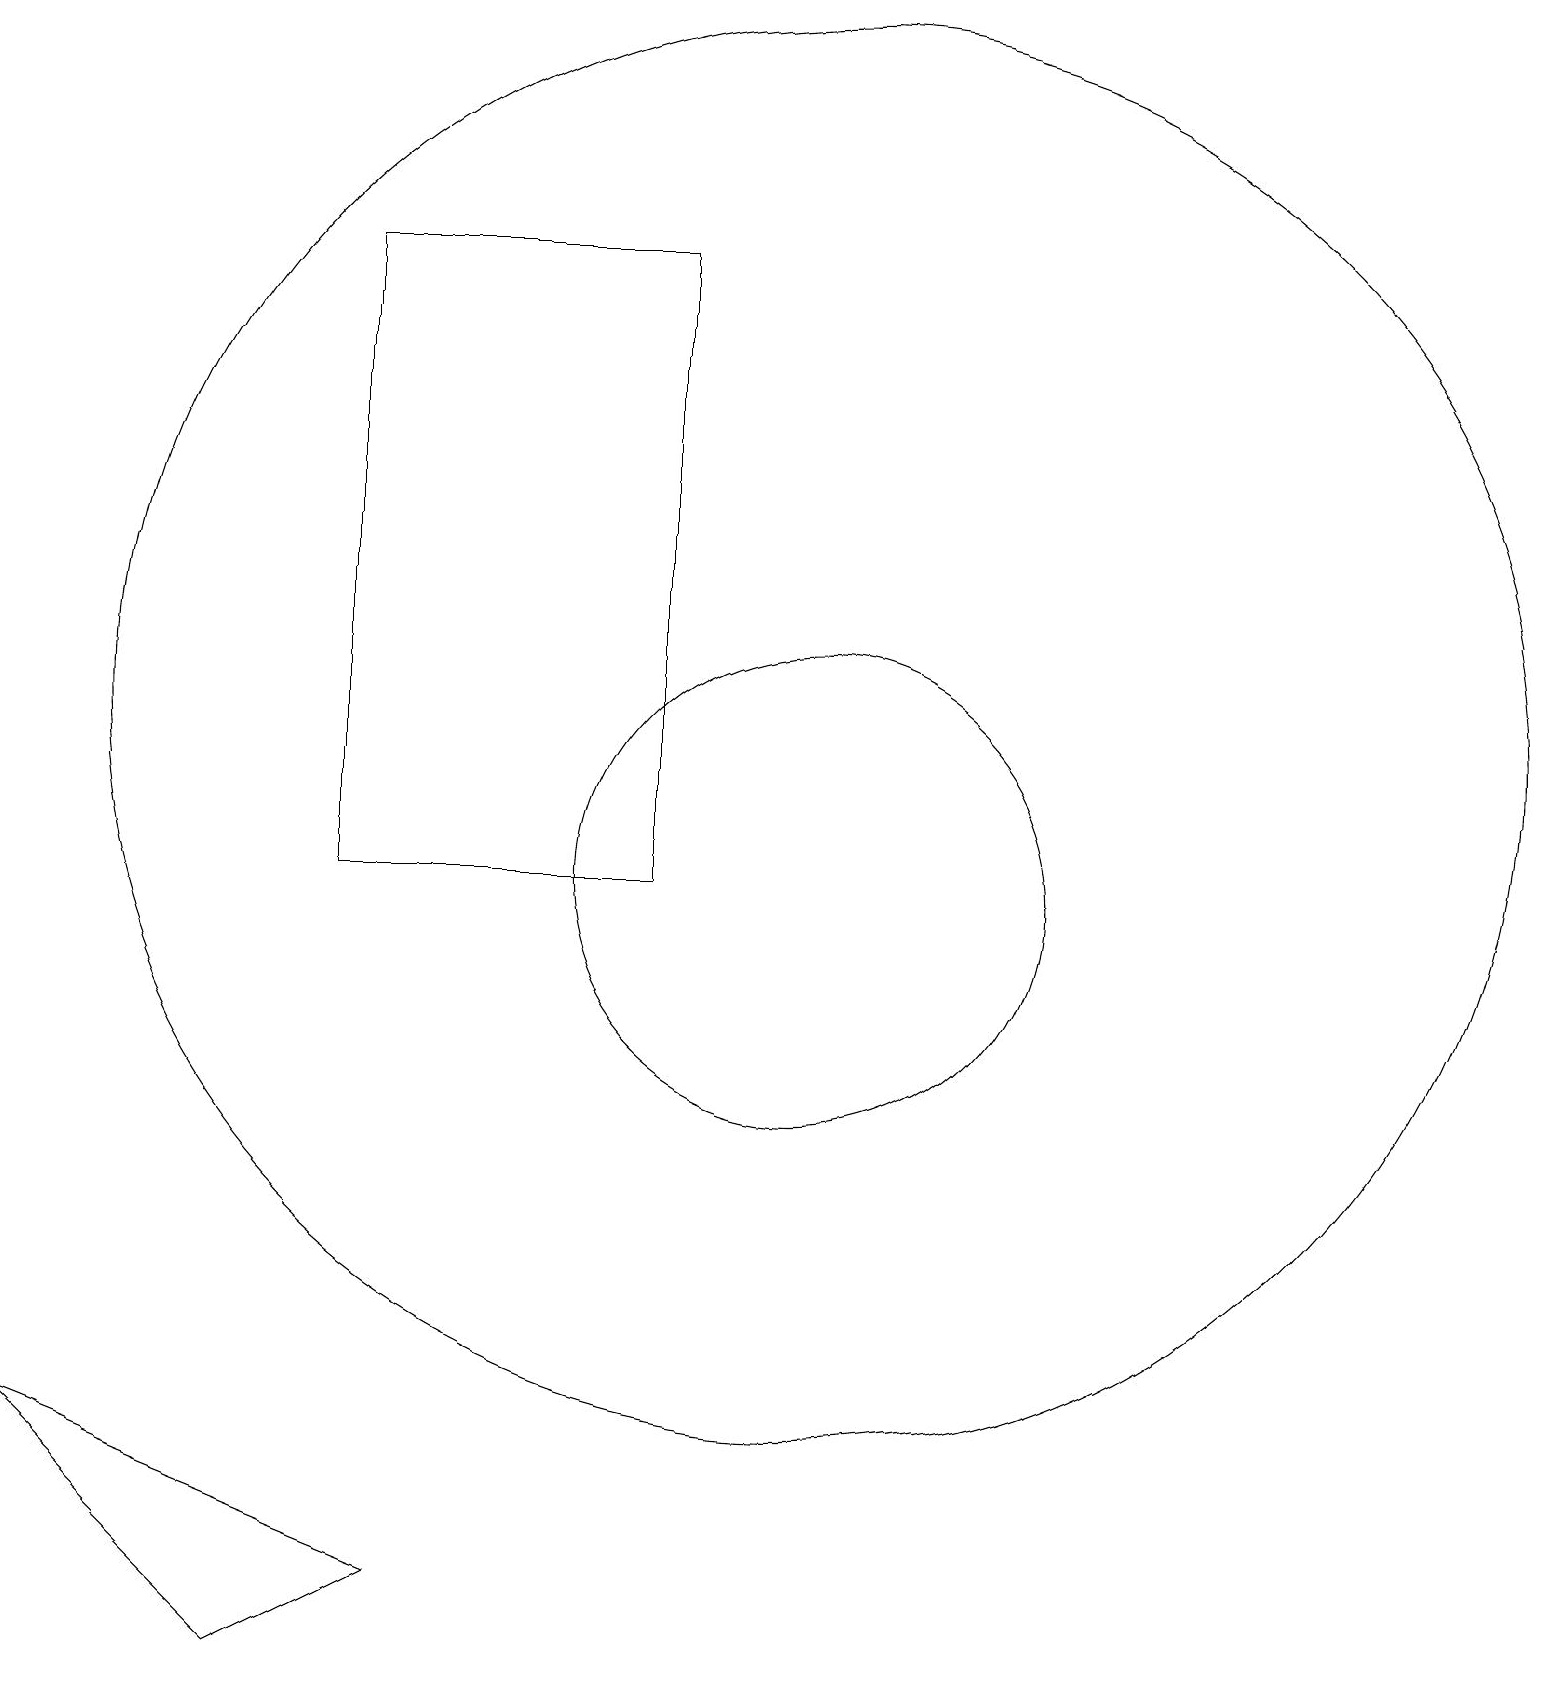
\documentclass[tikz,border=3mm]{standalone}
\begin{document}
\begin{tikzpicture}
\draw (1,3) -- (4,0) -- (6,1) -- cycle;
\draw (5,17) rectangle (5,18);
\draw (11,12) circle (9);
\draw (11,10) circle (3);
\draw (5,10) rectangle (9,18);
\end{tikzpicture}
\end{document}